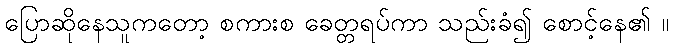
ပြောဆိုနေသူကတော့ စကားစ ခေတ္တရပ်ကာ သည်းခံ၍ စောင့်နေ၏ ။